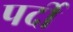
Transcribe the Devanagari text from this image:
पर्दी